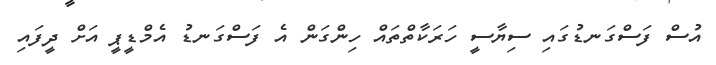
އުސް ފަސްގަނޑުގައި ސިޔާސީ ހަރަކާތްތައް ހިންގަން އެ ފަސްގަނޑު އެމްޑީޕީ އަށް ދީފައި